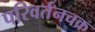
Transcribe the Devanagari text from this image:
परिवर्तनचक्र